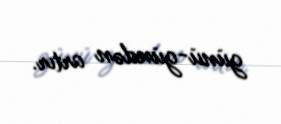
günü-gündən artır.